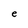
Character: e